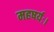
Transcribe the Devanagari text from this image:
महषर्यः।